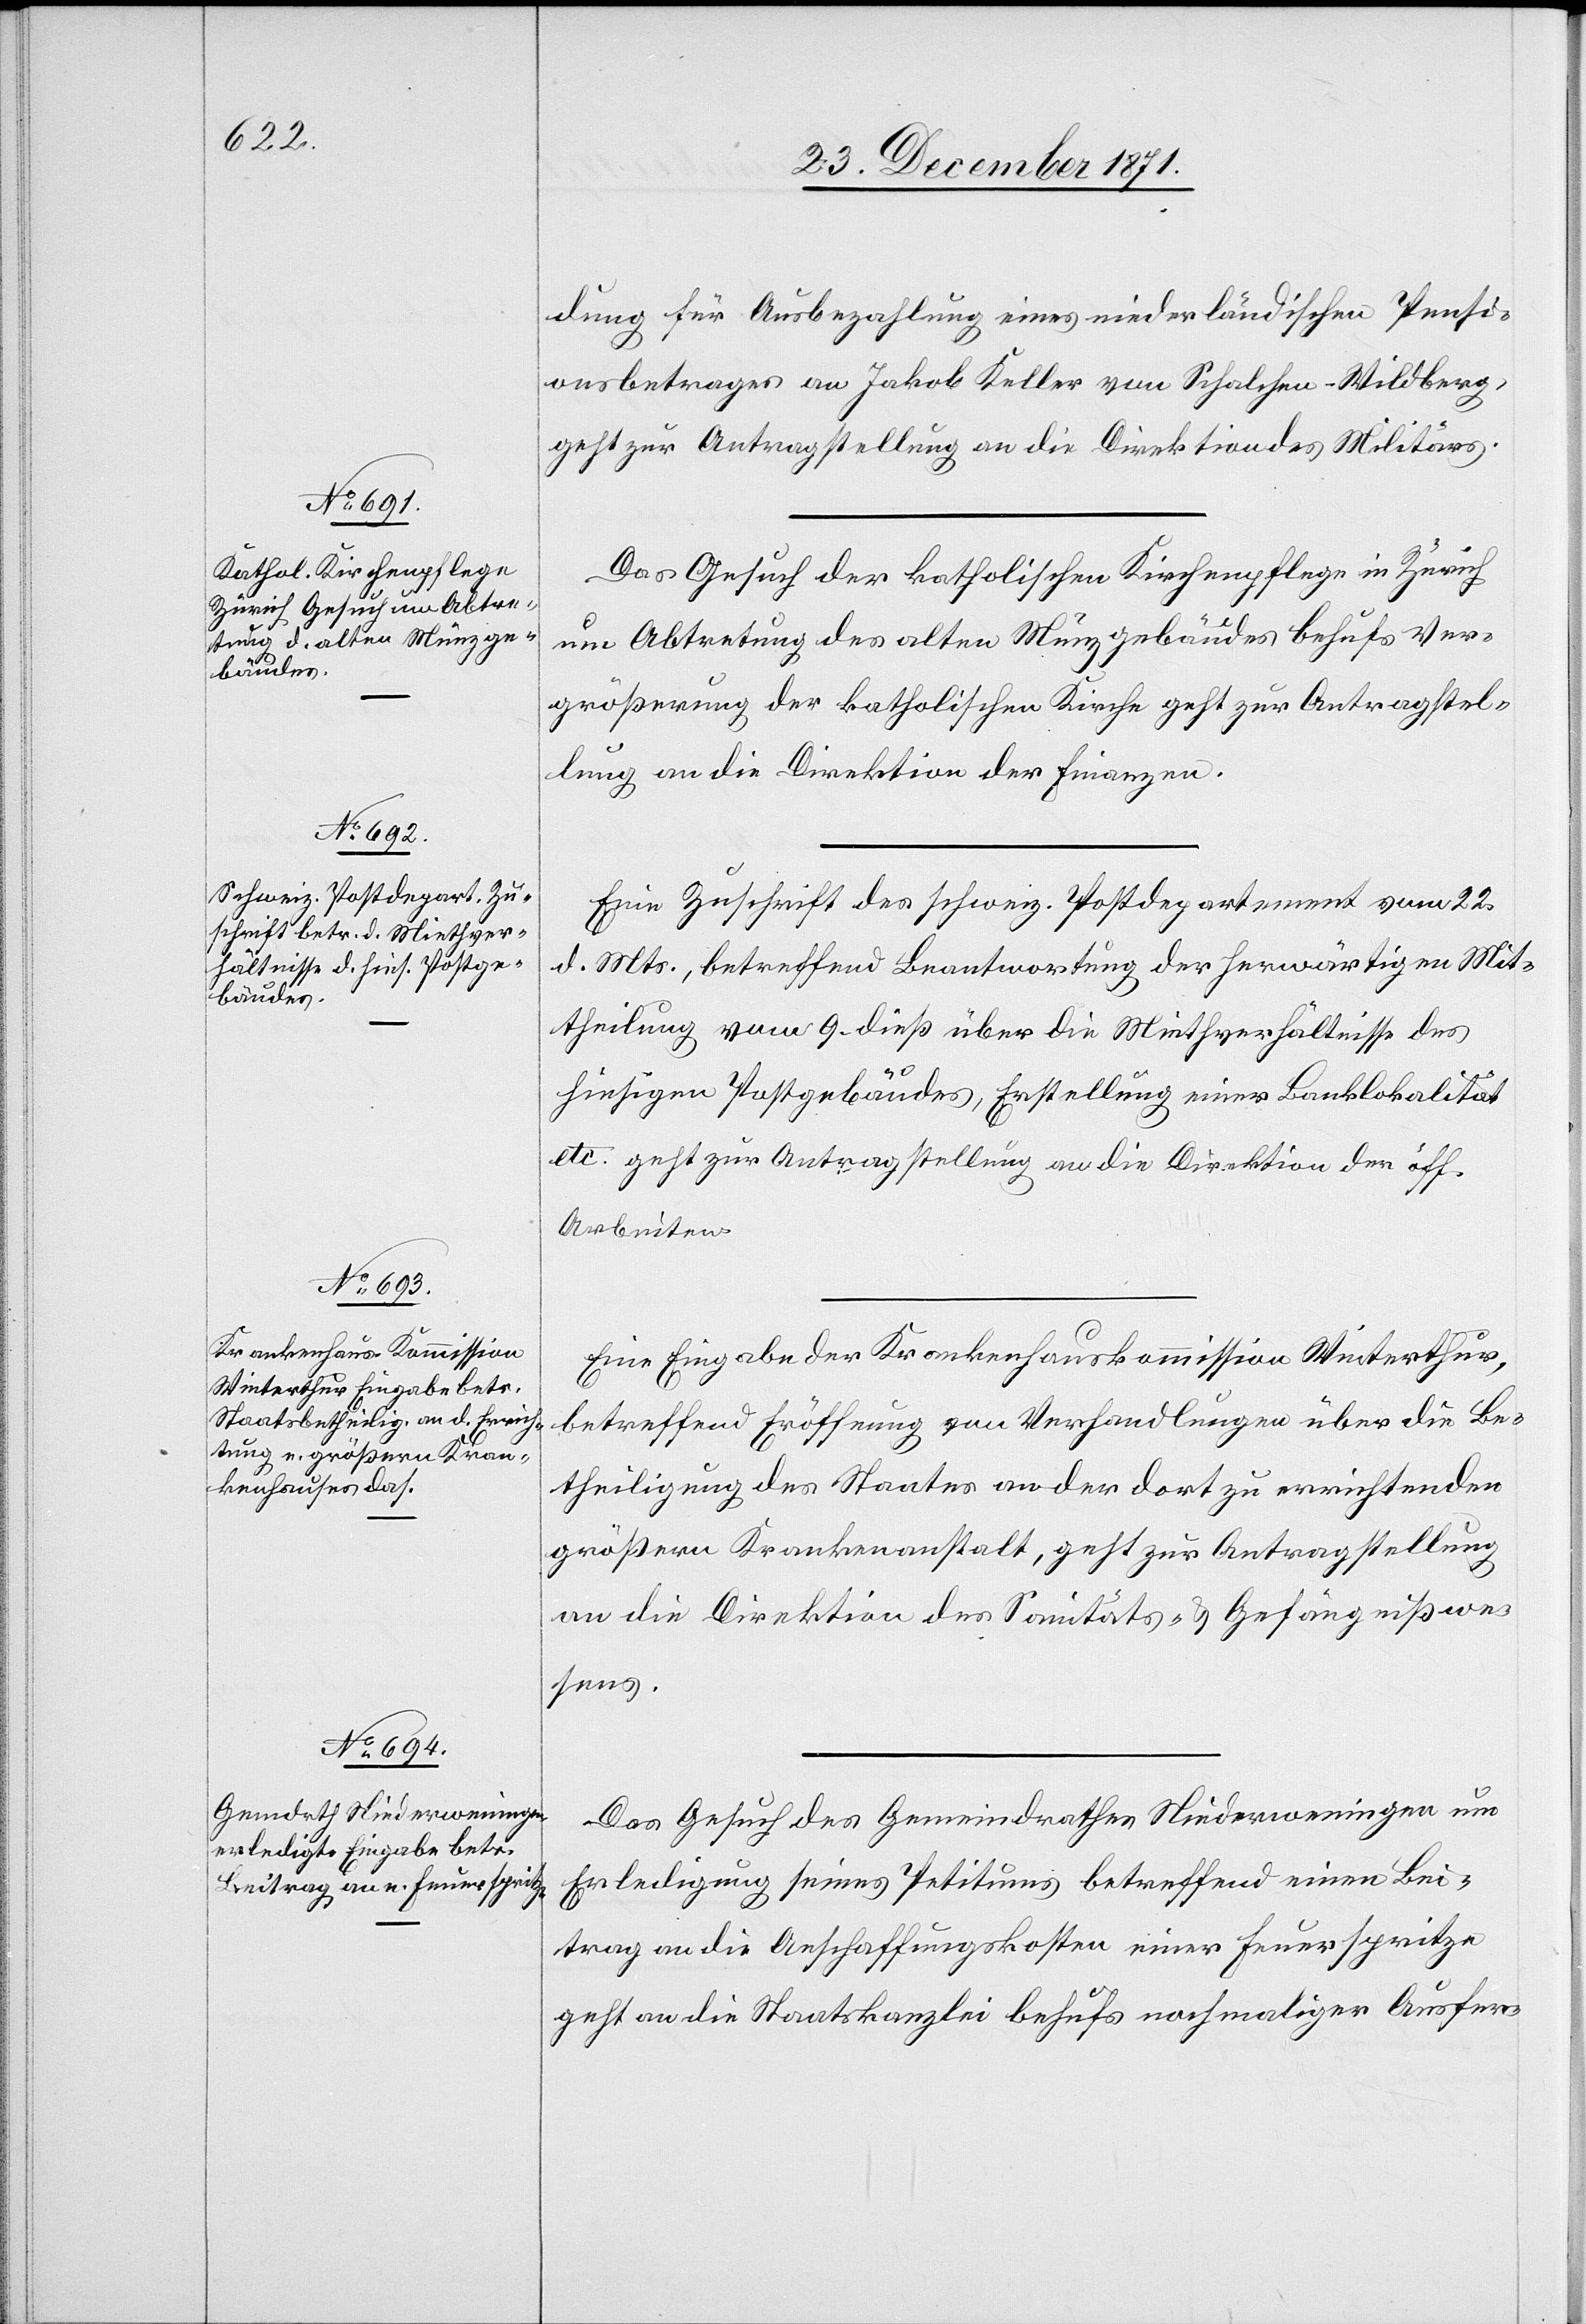
26. December 1871.]
dung für Ausbezahlung eines niederländischen Pensi¬
onsbetrages an Jakob Keller von Schalchen - Wildberg,
geht zur Antragstellung an die Direktion des Militärs.
Das Gesuch der katholischen Kirchenpflege in Zürich
um Abtretung des alten Münzgebäudes behufs Ver¬
größerung der katholischen Kirche geht zur Antragstel¬
lung an die Direktion der Finanzen.
Eine Zuschrift des schweiz. Postdepartement vom 22.
d. Mts., betreffend Beantwortung der herwärtigen Mit¬
theilung vom 9. dieß über die Miethverhältnisse des
hiesigen Postgebäudes, Erstellung einer Banklokalität
etc. geht zur Antragstellung an die Direktion der öff.
Arbeiten.
Eine Eingabe der Krankenhauskommission Winterthur,
betreffend Eröffnung von Verhandlungen über die Be¬
theiligung des Staates an der dort zu errichtenden
größern Krankenanstalt, geht zur Antragstellung
an die Direktion des Sanitäts- & Gefängnißwe¬
sens.
Das Gesuch des Gemeindrathes Niederwenigen um
Erledigung seines Petitums betreffend einen Bei¬
trag an die Anschaffungskosten einer Feuerspritze
geht an die Staatskanzlei behufs nochmaliger Ausfer-